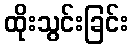
ထိုးသွင်းခြင်း